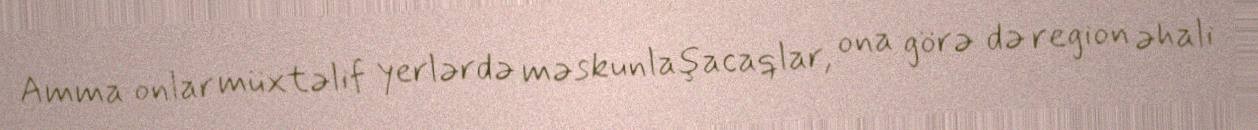
Amma onlar müxtəlif yerlərdə məskunlaşacaqlar, ona görə də region əhali